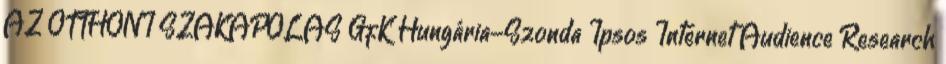
AZ OTTHONI SZAKÁPOLÁS GfK Hungária-Szonda Ipsos Internet Audience Research